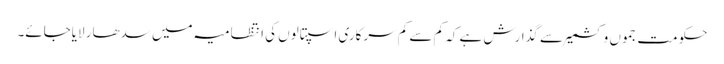
حکومت جموں وکشمیر سے گذارش ہے کہ کم سے کم سرکاری اسپتالوں کی انتظامیہ میں سدھار لایاجائے۔